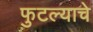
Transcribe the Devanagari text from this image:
फुटल्याचे